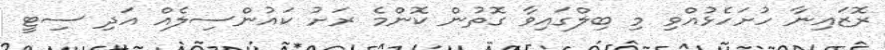
ރޮޒައިނާ ހުށަހެޅުއްވި މި ބިލްގައިވާ ގޮތުން ކޮންމެ ރަށު ކައުންސިލެއް އަދި ސިޓީ